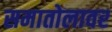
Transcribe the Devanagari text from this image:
समातोलावर